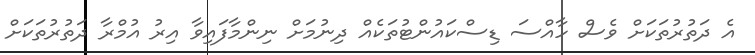
އެ ދަތުރުތަކަށް ވެސް ހާއްސަ ޑިސްކައުންޓުތަކެއް ދިނުމަށް ނިންމާފައިވާ އިރު އުމްރާ ދަތުރުތަކަށް